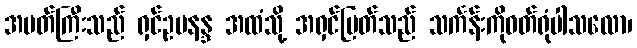
အမတ်ကြီးသည် ရှင်ဥပနန္ဒ အထံသို့ အရှင်မြတ်သည် သင်္ကန်းကိုဝတ်ရုံပါသလော၊